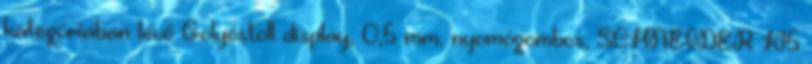
kategóriában lévő Golyóstoll display, 0,5 mm, nyomógombos, SCHNEIDER K15